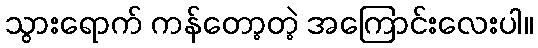
သွားရောက် ကန်တော့တဲ့ အကြောင်းလေးပါ။